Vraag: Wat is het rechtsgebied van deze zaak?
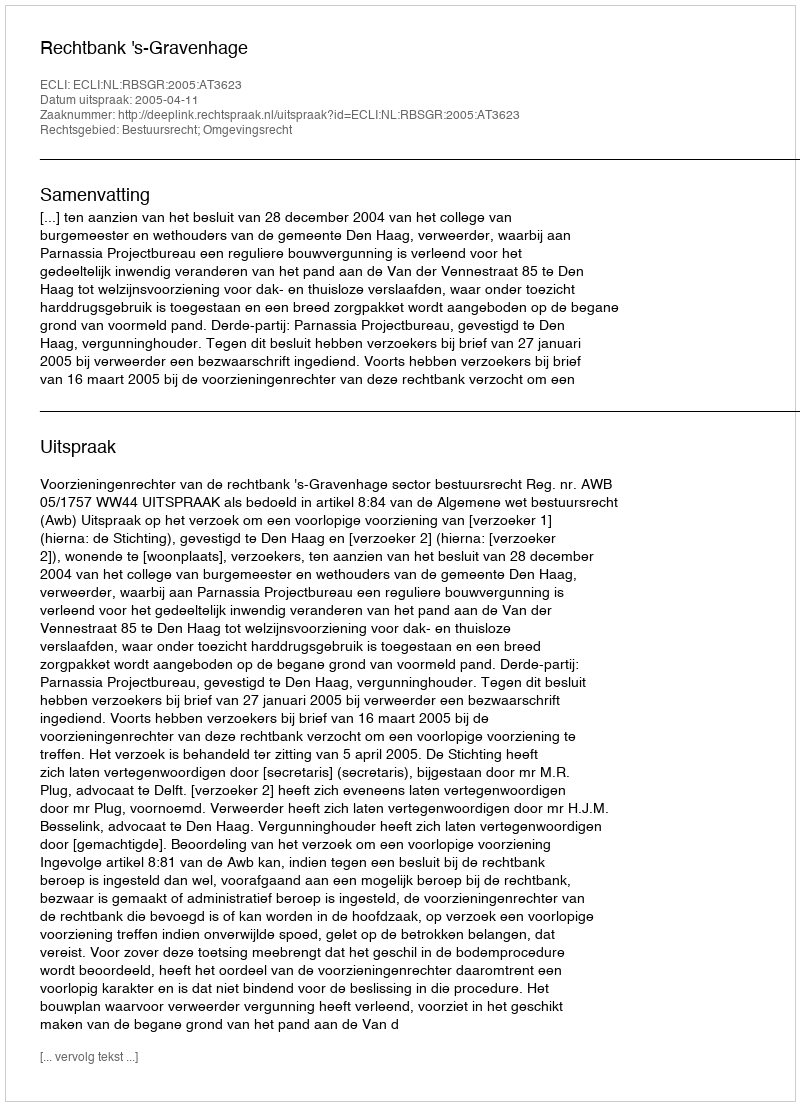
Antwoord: Bestuursrecht; Omgevingsrecht